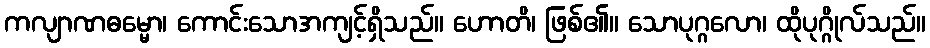
ကလျာဏဓမ္မော၊ ကောင်းသောအကျင့်ရှိသည်။ ဟောတိ၊ ဖြစ်၏။ သောပုဂ္ဂလော၊ ထိုပုဂ္ဂိုလ်သည်။